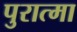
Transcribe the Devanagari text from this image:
पुरात्मा